Punjab Mental Hospital Lahore 1922-31 - 1922-1931
Year: 1922
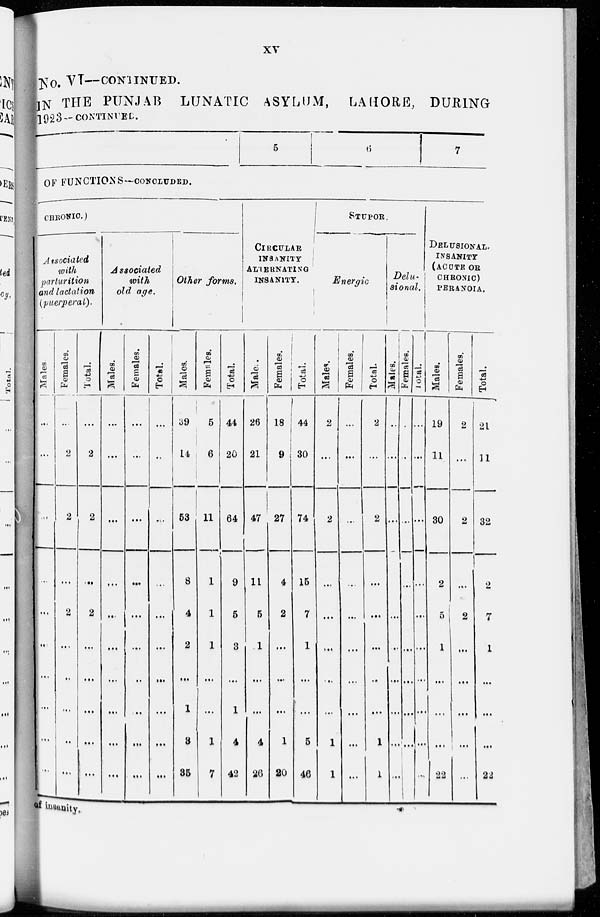
xv
No. VI—CONTINUED.
IN THE PUNJAB
LUNATIC ASYLUM,
LAHORE, DURING
1923—CONTINUED.
5
6
7
OF FUNCTIONS—CONCLUDED.
CHRONIC.)
Associated
with
parturition
and lactation
(puerperal).
Males.
...
...
...
...
...
...
...
...
...
...
Females.
...
2
2
...
2
...
...
...
...
...
Total.
...
2
2
...
2
...
...
...
...
...
Associated
with
old age.
Males.
...
...
...
...
...
...
...
...
...
...
Females.
...
...
...
...
...
...
...
...
...
...
Total.
...
...
...
...
...
...
...
...
...
...
Other forms.
Males.
39
14
53
8
4
2
...
1
3
35
Females.
5
6
11
1
1
1
...
...
1
7
Total.
44
20
64
9
5
3
...
1
4
42
CIRCULAR
INSANITY
ALTERNATING
INSANITY.
Males.
26
21
47
11
5
1
...
...
4
26
Females.
18
9
27
4
2
...
...
...
1
20
Total.
44
30
74
15
7
1
...
...
5
46
STUPOR.
Energic
Males.
2
...
2
...
...
...
...
...
1
1
Females.
...
...
...
...
...
...
...
...
...
Total.
2
...
2
...
...
...
...
...
1
1
Delu-
sional.
Males.
...
...
...
...
...
...
...
...
...
...
Females.
...
...
...
...
...
...
...
...
...
...
Total.
...
...
...
...
...
...
...
...
...
...
DELUSIONAL-
INSANITY
(ACUTE OR
CHRONIC)
PERANOIA.
Males.
19
11
30
2
5
1
...
...
...
22
Females.
2
...
2
...
2
...
...
...
...
...
Total.
21
11
32
2
7
1
...
...
...
22
of insanity.